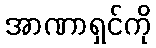
အာဏာရှင်ကို